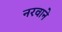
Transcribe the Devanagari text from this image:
नरवाने